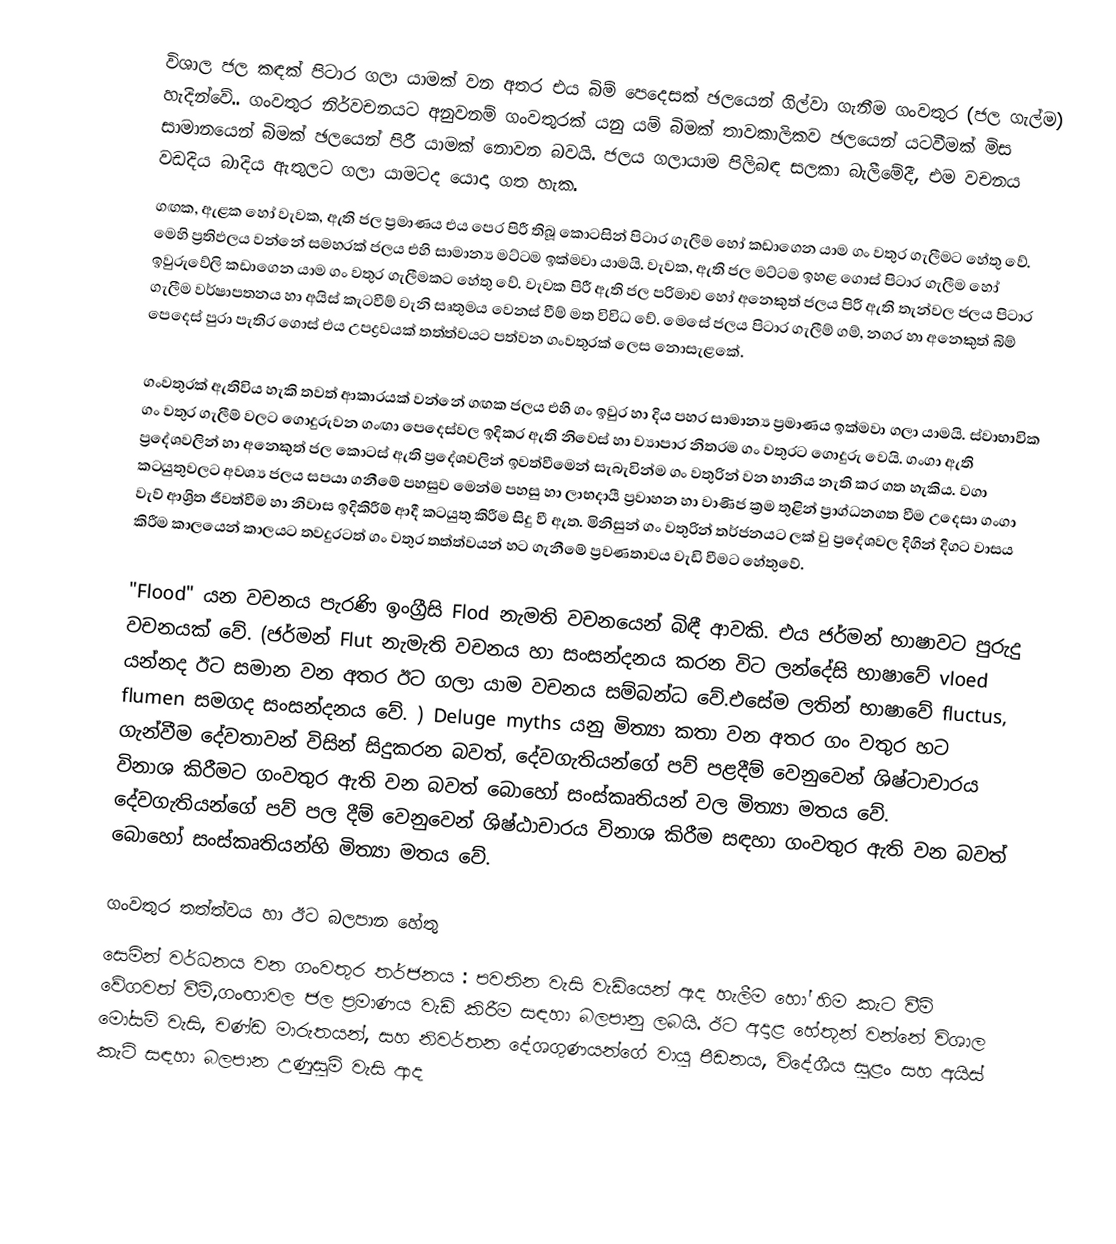
විශාල ජල  කඳක් පිටාර ගලා යාමක් වන අතර එය බිම් පෙදෙසක් ඡලයෙන් ගිල්වා ගැනීම ගංවතුර (ජල ගැල්ම) හැදින්වේ..  ගංවතුර නිර්වචනයට අනුවනම් ගංවතුරක් යනු යම් බිමක් තාවකාලිකව ඡලයෙන් යටවීමක් මිස සාමානයෙන් බිමක් ඡලයෙන් පිරී යාමක් නොවන බවයි. ජලය ගලායාම පිලිබඳ සලකා බැලීමේදී, එම වචනය වඩදිය බාදිය ඇතුලට ගලා යාමටද යොදා ගත හැක.
ගඟක, ඇළක හෝ වැවක, ඇති ජල ප්‍රමාණය එය පෙර පිරී තිබූ කොටසින් පිටාර ගැලීම හෝ කඩාගෙන යාම ගං වතුර ගැලීමට හේතු වේ. මෙහි ප්‍රතිඵලය වන්නේ සමහරක් ජලය එහි සාමාන්‍ය මට්ටම ඉක්මවා යාමයි. වැවක, ඇති ජල මට්ටම ඉහළ ගොස් පිටාර ගැලීම හෝ ඉවුරුවේලි කඩාගෙන යාම ගං වතුර ගැලීමකට හේතු වේ. වැවක පිරී ඇති ජල පරිමාව හෝ අනෙකුත් ජලය පිරී ඇති තැන්වල ජලය පිටාර ගැලීම වර්ෂාපතනය හා අයිස් කැටවීම් වැනි සෘතුමය වෙනස් වීම් මත විවිධ වේ. මෙසේ ජලය පිටාර ගැලීම් ගම්, නගර හා අනෙකුත් බිම් පෙදෙස් පුරා පැතිර ගොස් එය උපද්‍රවයක් තත්ත්වයට පත්වන ගංවතුරක් ලෙස නොසැළකේ.

ගංවතුරක් ඇතිවිය හැකි තවත් ආකාරයක් වන්නේ ගඟක ජලය එහි ගං ඉවුර හා දිය පහර සාමාන්‍ය ප්‍රමාණය ඉක්මවා ගලා යාමයි. ස්වාභාවික ගං වතුර ගැලීම් වලට ගොදුරුවන ගංඟා පෙදෙස්වල ඉදිකර ඇති නිවෙස් හා ව්‍යාපාර නිතරම ගං වතුරට ගොදුරු වෙයි. ගංගා ඇති ප්‍රදේශවලින් හා අනෙකුත් ජල කොටස් ඇති ප්‍රදේශවලින් ඉවත්වීමෙන් සැබැවින්ම ගං වතුරින් වන හානිය නැති කර ගත හැකිය. වගා කටයුතුවලට අවශ්‍ය ජලය සපයා ගනීමේ පහසුව මෙන්ම පහසු හා ලාභදායී ප්‍රවාහන හා වාණිජ ක්‍රම තුළින් ප්‍රාග්ධනගත වීම උදෙසා ගංගා වැව් ආශ්‍රිත ජීවත්වීම හා නිවාස ඉදිකිරීම් ආදී කටයුතු කිරීම සිදු වී ඇත. මිනිසුන් ගං වතුරින් තර්ජනයට ලක් වු ප්‍රදේශවල දිගින් දිගට වාසය කිරීම කාලයෙන් කාලයට තවදුරටත් ගං වතුර තත්ත්වයන් හට ගැනීමේ ප්‍රවණතාවය වැඩි වීමට හේතුවේ.

"Flood" යන වචනය පැරණි ඉංග්‍රීසි Flod නැමති වචනයෙන් බිඳී ආවකි. එය ජර්මන් භාෂාවට පුරුදු වචනයක් වේ. (ජර්මන් Flut නැමැති වචනය හා සංසන්දනය කරන විට ලන්දේසි භාෂාවේ vloed යන්නද ඊට සමාන වන අතර ඊට ගලා යාම  වචනය සම්බන්ධ වේ.එසේම ලතින් භාෂාවේ fluctus, flumen සමගද සංසන්දනය වේ. ) Deluge myths යනු මිත්‍යා කතා වන අතර ගං වතුර හට ගැන්වීම දේවතාවන් විසින් සිදුකරන බවත්, දේවගැතියන්ගේ පව් පළදීම් වෙනුවෙන් ශිෂ්ටාචාරය විනාශ කිරීමට ගංවතුර ඇති  වන බවත් බොහෝ සංස්කෘතියන් වල මිත්‍යා මතය වේ. දේවගැතියන්ගේ පව් පල දීම් වෙනුවෙන් ශිෂ්ඨාචාරය විනාශ කිරීම සඳහා ගංවතුර ඇති  වන බවත් බොහෝ සංස්කෘතියන්හි මිත්‍යා මතය වේ.

ගංවතුර තත්ත්වය හා ඊට බලපාන හේතු
 සෙමින් වර්ධනය වන ගංවතුර තර්ජනය : පවතින වැසි වැඩියෙන් ඇද හැලීම හෝ හිම කැට වීම් වේගවත් වීම්,ගංඟාවල ජල ප්‍රමාණය වැඩි කිරීම සඳහා බලපානු ලබයි. ඊට අදාළ හේතූන් වන්නේ විශාල මෝසම් වැසි, චණ්ඩ මාරුතයන්, සහ නිවර්තන දේශගුණයන්ගේ වායු පීඩනය, විදේශීය සුළං සහ අයිස් කැටි සඳහා බලපාන උණුසුම් වැසි ආද